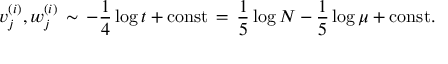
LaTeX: v _ { j } ^ { ( i ) } , w _ { j } ^ { ( i ) } \, \sim \, - \frac { 1 } { 4 } \log t + \mathrm { c o n s t } \, = \, \frac { 1 } { 5 } \log N - \frac { 1 } { 5 } \log \mu + \mathrm { c o n s t } .